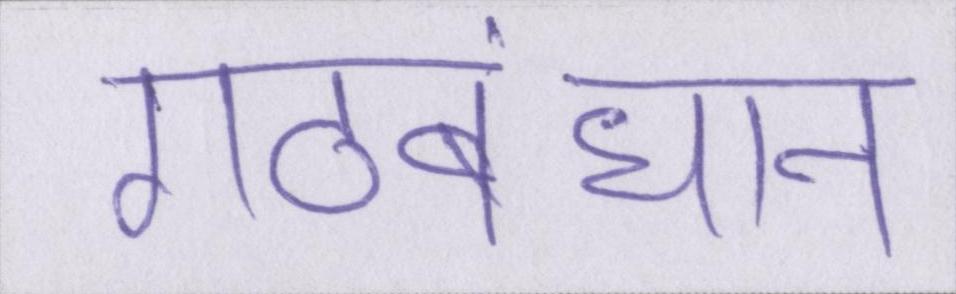
गठबंधान